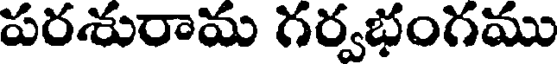
పరశురామ గర్వభంగము